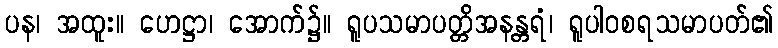
ပန၊ အထူး။ ဟေဋ္ဌာ၊ အောက်၌။ ရူပသမာပတ္တိအနန္တရံ၊ ရူပါဝစရသမာပတ်၏